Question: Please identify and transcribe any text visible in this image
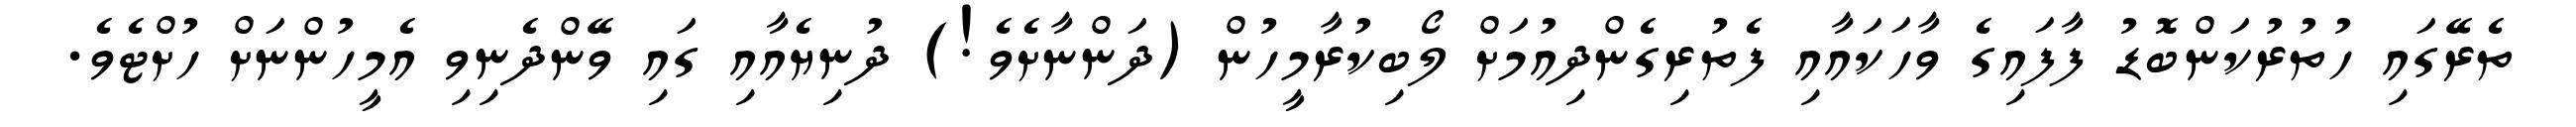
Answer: ތެރޭގައި ހުތުރުކަންބޮޑު ފާފައިގެ ވާހަކައާއި ފެތުރިގެންދިއުމަށް ލޯބިކުރާމީހުން (ދަންނާށެވެ!) ދުނިޔެއާއި ގައި ވޭންދެނިވި އެމީހުންނަށް ހުށްޓެވެ.